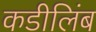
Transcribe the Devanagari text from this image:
कडीलिंब